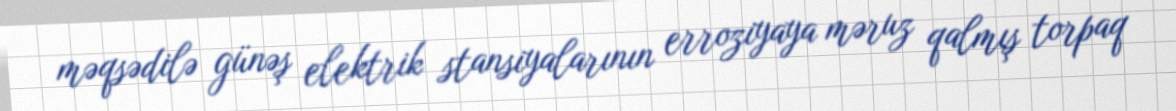
məqsədilə günəş elektrik stansiyalarının erroziyaya məruz qalmış torpaq